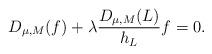
LaTeX: \begin{align*}D_{\mu, M}( f)+\lambda\frac{D_{\mu,M} (L)}{h_{L}}f=0.\end{align*}